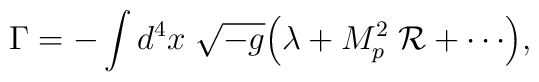
\Gamma = - \int d^4x \; \sqrt{-g} \Bigl( \lambda + M_p^2 \; {\cal R} + \cdots \Bigr),